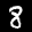
Label: 8